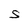
Character: S